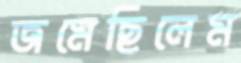
জমেছিলেম